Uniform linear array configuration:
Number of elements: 32
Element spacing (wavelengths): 1
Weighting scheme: hamming
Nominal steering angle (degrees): -60
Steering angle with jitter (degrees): -60.967
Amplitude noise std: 0.05
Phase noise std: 0.05

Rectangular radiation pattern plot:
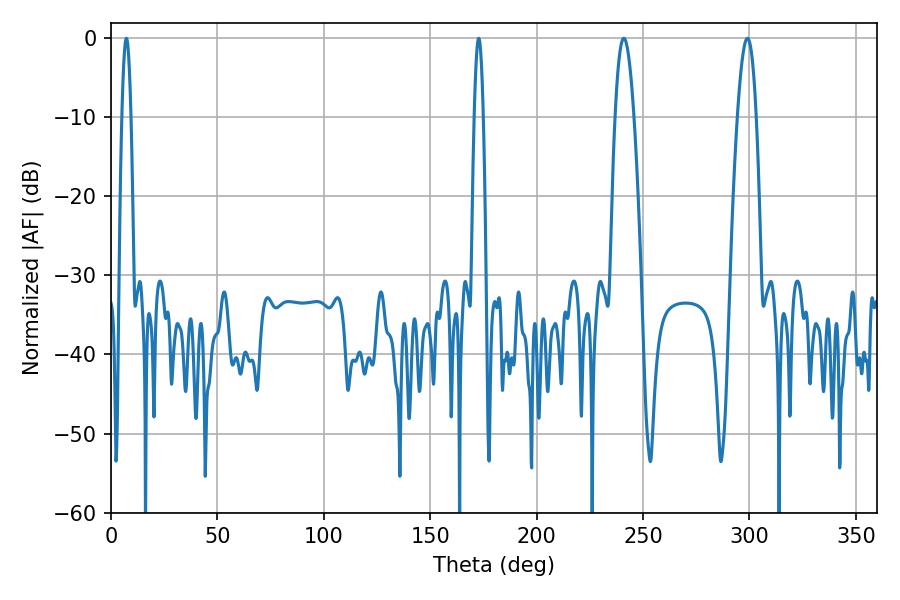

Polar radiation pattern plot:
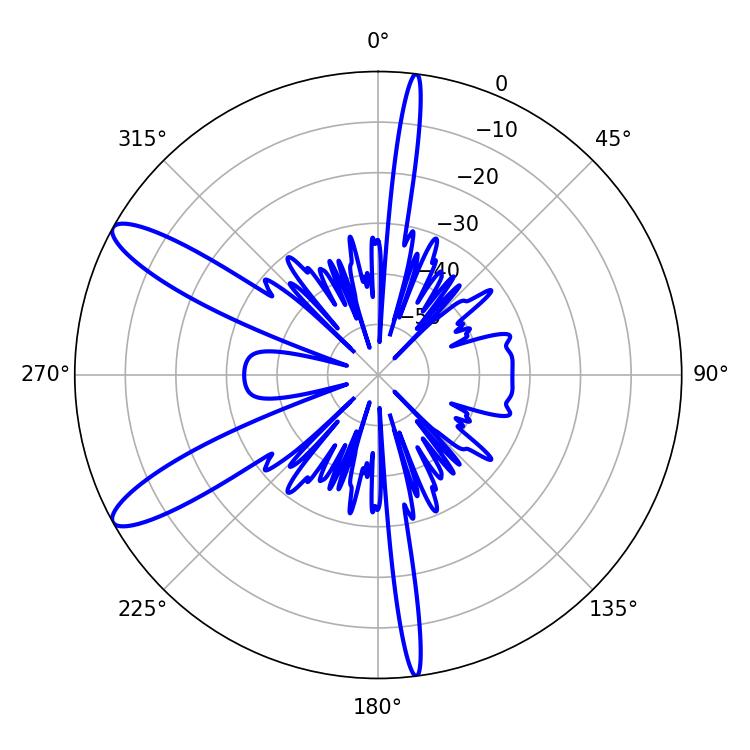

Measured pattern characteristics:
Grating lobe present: TRUE
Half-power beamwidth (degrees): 2.16
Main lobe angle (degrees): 7.2